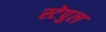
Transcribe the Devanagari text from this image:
स्टेपुल